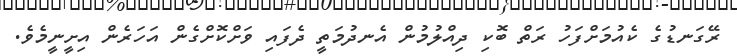
ރޭގަނޑުގެ ކެއުމަށްފަހު ރަތް ބޮކި ދިއްލުމުން އެނދުމަތީ ދެފައި ވަށްކޮށްގެން އަހަރެން އިށީނީމެވެ.